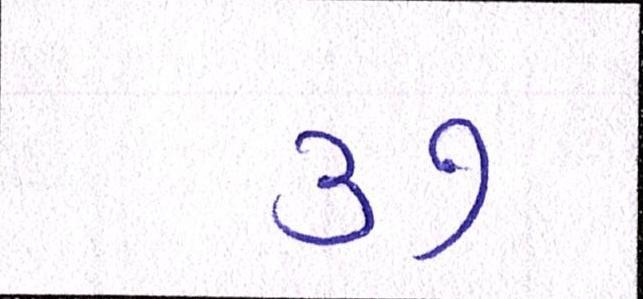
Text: ૩૭